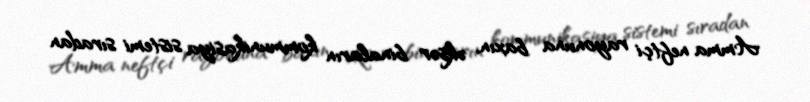
Amma neftçi rayonuna baxın, əksər binaların kommunikasiya sistemi sıradan